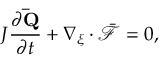
J \frac { \partial \mathbf { \bar { Q } } } { \partial t } + \nabla _ { \xi } \cdot \bar { \mathcal { F } } = 0 ,